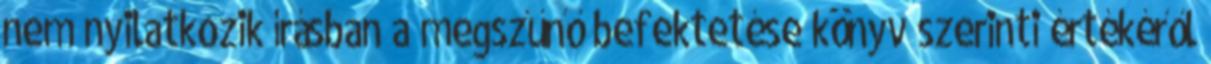
nem nyilatkozik írásban a megszűnő befektetése könyv szerinti értékéről